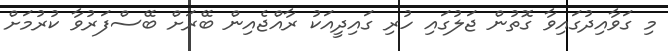
މި ގަވާއިދުގައިވާ ގޮތުން ޖަލުގައި ހުރި ގައިދީއަކު ރާއްޖެއިން ބޭރަށް ބޭސްފަރުވާ ކުރުމަށް